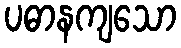
ပဓာနကျသော